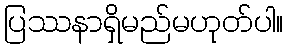
ပြဿနာရှိမည်မဟုတ်ပါ။